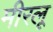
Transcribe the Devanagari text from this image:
मीरलू